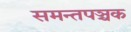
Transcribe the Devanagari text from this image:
समन्तपञ्चक